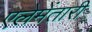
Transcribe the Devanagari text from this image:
एलेमेंतारी